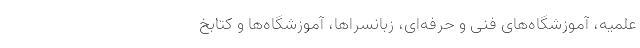
علمیه، آموزشگاه‌های فنی و حرفه‌ای، زبانسراها، آموزشگاه‌ها و کتابخ